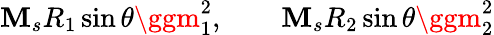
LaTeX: \mathbf{M}_{s}R_{1}\sin\theta\ggm_{1}^{2},\qquad\mathbf{M}_{s}R_{2}\sin\theta\ggm_{2}^{2}